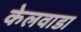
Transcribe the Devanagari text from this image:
केलवाडा